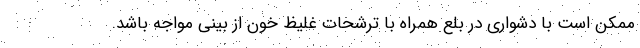
ممکن است با دشواری در بلع همراه با ترشحات غلیظ خون از بینی مواجه باشد.